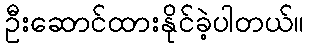
ဦးဆောင်ထားနိုင်ခဲ့ပါတယ်။